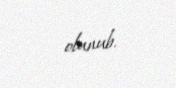
olunub.